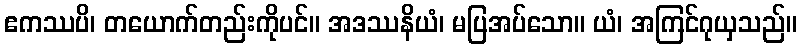
ဧကဿပိ၊ တယောက်တည်းကိုပင်။ အဒဿနိယံ၊ မပြအပ်သော။ ယံ၊ အကြင်ဂုယှသည်။